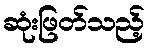
ဆုံးဖြတ်သည့်